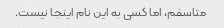
متاسفم، اما کسی به این نام اینجا نیست.